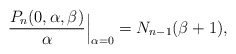
\begin{gather*} \frac{P_n(0,\alpha,\beta)}{\alpha}\Big|_{\alpha=0} =N_{n-1}(\beta+1),\end{gather*}